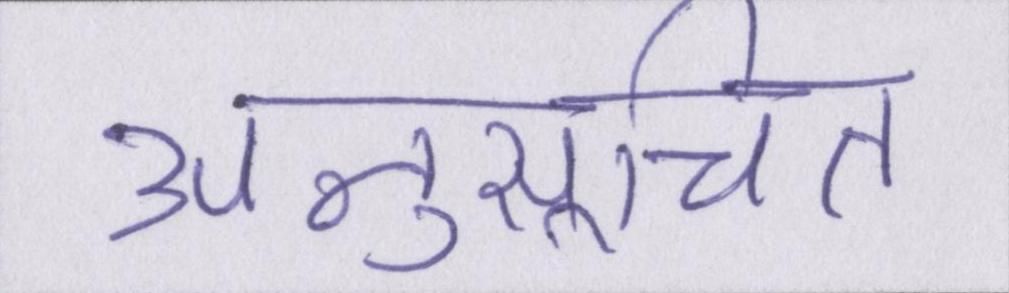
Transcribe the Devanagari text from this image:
अनुसूचित